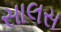
સાલસ